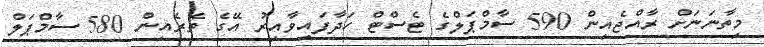
މިތާނަނަށް ރާއްޖެއިން 590 ސާމްޕަލްގެ ޓެސްޓް ހަދާފައިވާއިރު އޭގެ ތެރެއިން 580 ސާމްޕަލް